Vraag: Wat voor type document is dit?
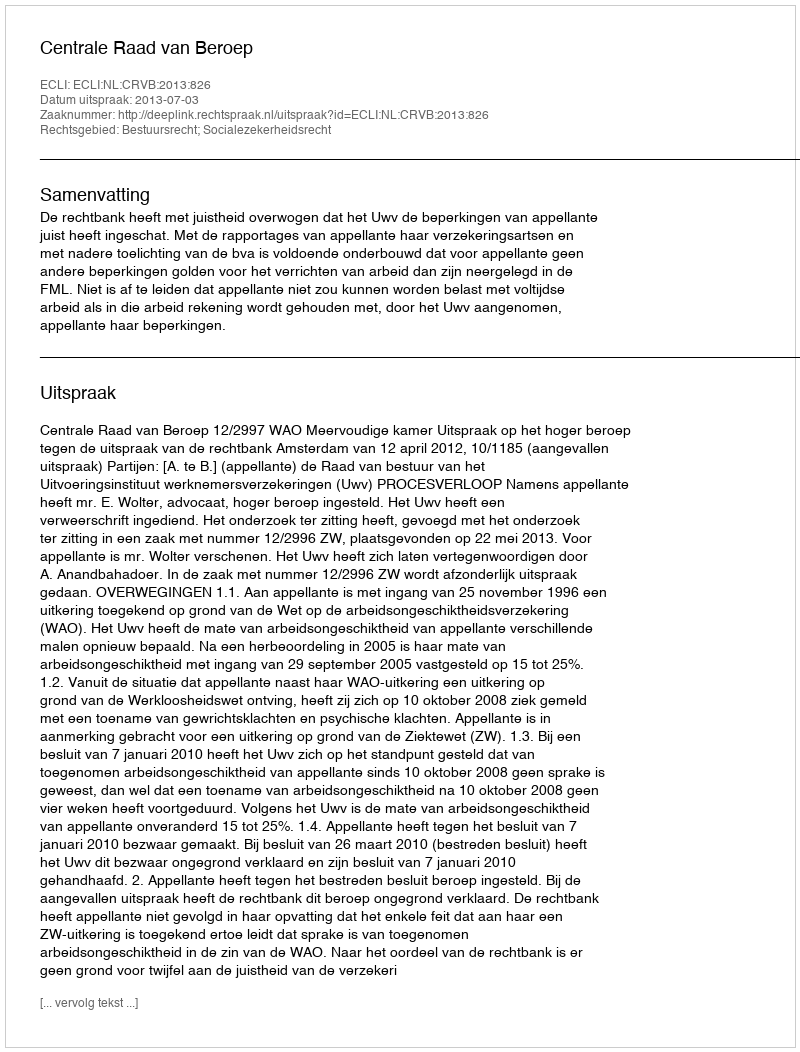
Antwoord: Uitspraak